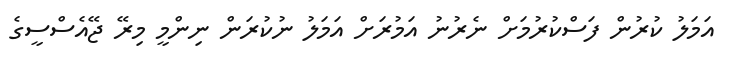
އަމަލު ކުރުން ފަސްކުރުމަށް ނެެރުނު އަމުރަށް އަމަލު ނުކުރަން ނިންމީ މިރޭ ޖޭއެސްސީގެ